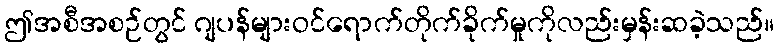
ဤအစီအစဉ်တွင် ဂျပန်များဝင်ရောက်တိုက်ခိုက်မှုကိုလည်းမှန်းဆခဲ့သည်။